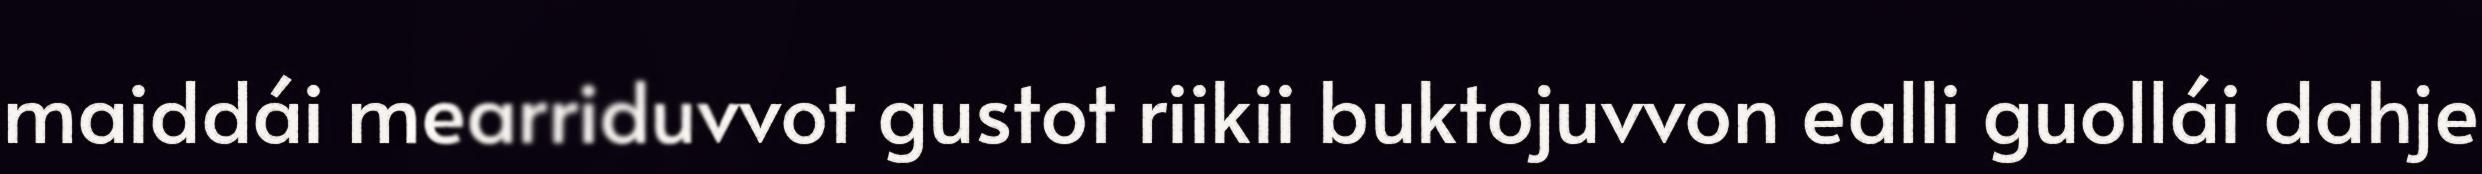
maiddái mearriduvvot gustot riikii buktojuvvon ealli guollái dahje